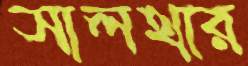
সালথার